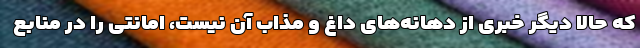
که حالا دیگر خبری از دهانه‌های داغ و مذاب آن نیست، امانتی را در منابع